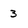
Character: 3